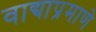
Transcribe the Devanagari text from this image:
वाद्याप्रमाणे